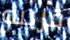
قريبه